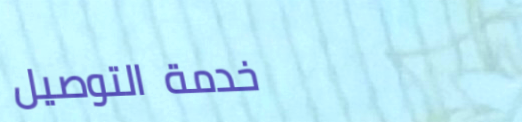
خدمة التوصيل